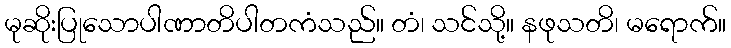
မုဆိုးပြုသောပါဏာတိပါတကံသည်။ တံ၊ သင်သို့။ နဖုသတိ၊ မရောက်။